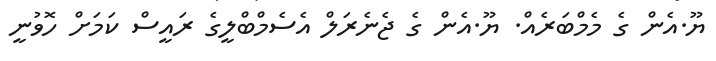
ޔޫ.އެން ގެ މެމްބަރެއް. ޔޫ.އެން ގެ ޖެނެރަލް އެސެމްބްލީގެ ރައީސް ކަމަށް ހޮވުނީ